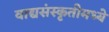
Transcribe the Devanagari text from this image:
वाद्यसंस्कृतीमध्ये